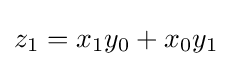
z_{1}=x_{1}y_{0}+x_{0}y_{1}